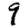
Digit: 9